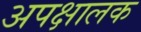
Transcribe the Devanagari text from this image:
अपक्षालक